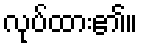
လုပ်ထား၏။